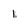
Character: 1